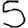
Digit: 5